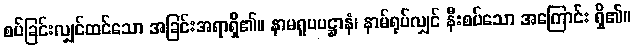
စပ်ခြင်းလျှင်ထင်သော အခြင်းအရာရှိ၏။ နာမရူပပဋ္ဌာနံ၊ နာမ်ရုပ်လျှင် နီးစပ်သော အကြောင်း ရှိ၏။